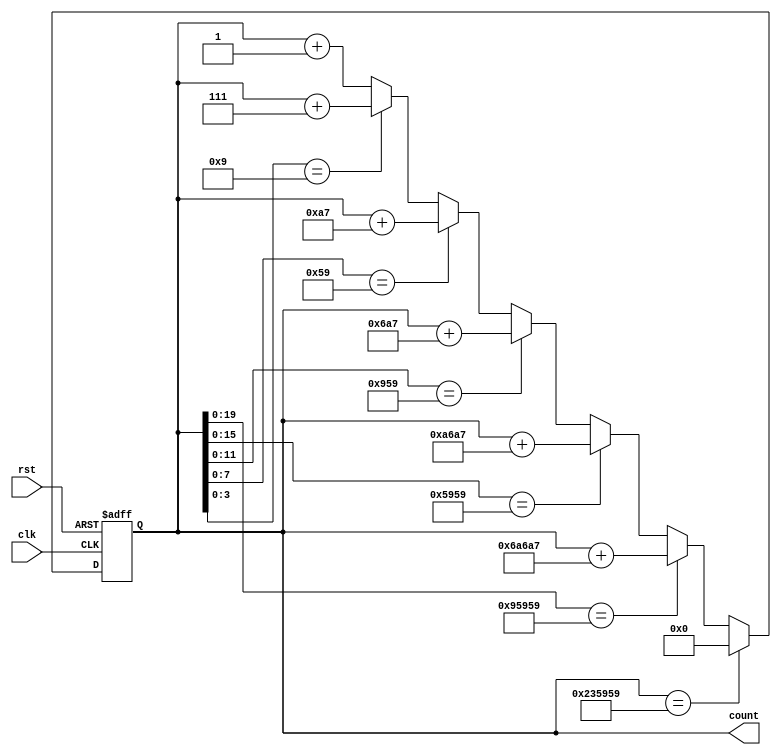
`timescale 1ns / 1ps

module count(
    input clk,
    input rst,
    output reg[23:0] count
);

always@ (posedge clk or posedge rst)
    begin
        if(rst==1)
			count<=0;
        else if(count==24'h235959)          //day circle reset
				count<=24'h000000;
				
	else if(count[19:0]==20'h95959)    //9:59:59->10:00:00
            count<=count+20'h6A6A7;	   //hex100000 - hex95959 = hex6A6A7
		  
        else if(count[15:0]==16'h5959)           
            count<=count+16'hA6A7;
		  
        else if(count[11:0]==12'h959)    
            count<=count+12'h6A7;
       
        else if(count[7:0]==8'h59)          
            count<=count+8'hA7;
		 
        else if(count[3:0]==4'h9)
            count<=count+4'h7;             
        
	else
            count<=count+1;
	  end

endmodule